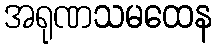
အရုဏသမထေန